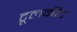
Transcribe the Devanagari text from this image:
टूलकीट